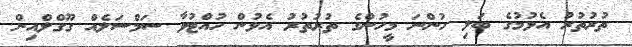
ތުރުތުރު އެޅުމުގެ ބަލި ހުންނަ މީހުންގެ ތުރުތުރު އެޅުން ހުއްޓުވާ ސަމްސަލެއް ގޫގްލްއިން